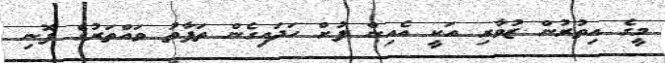
މީގެ އިތުރުން ޒުވާރި އަކީ އެއިން ފުށް ހަދައިގެން ތަފާތު ވައްތަރުގެ ފޮނި